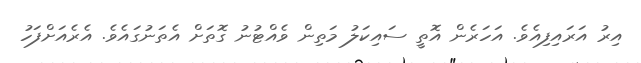
އިރު އަރައިފިއެވެ. އަހަރެން އޮތީ ސައިކަލު މަތިން ވެއްޓުނު ގޮތަށް އެތަނުގައެވެ. އެރެއަށްފަހު